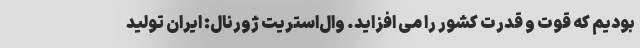
بودیم که قوّت و قدرت کشور را می افزاید. وال‌استریت ژورنال: ایران تولید